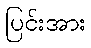
ပြင်းအား